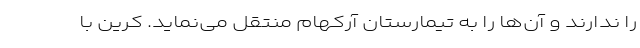
را ندارند و آن‌ها را به تیمارستان آرکهام منتقل می‌نماید. کرین با